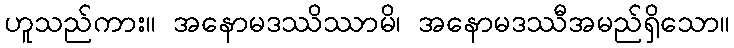
ဟူသည်ကား။ အနောမဒဿိဿာမိ၊ အနောမဒဿီအမည်ရှိသော။